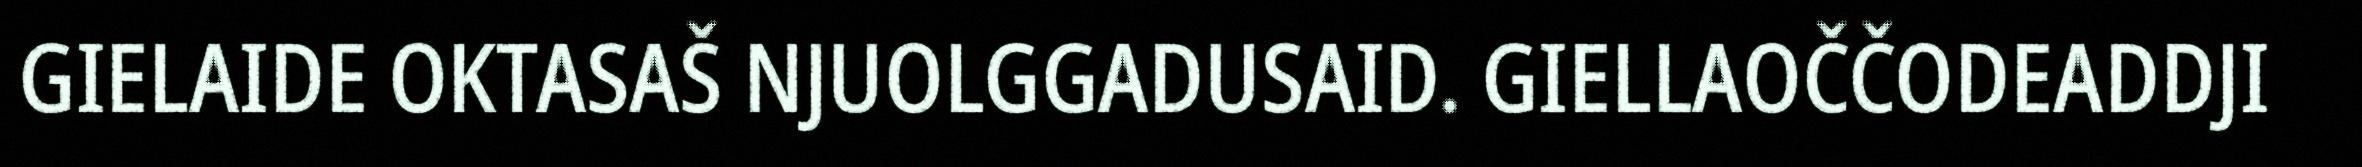
GIELAIDE OKTASAŠ NJUOLGGADUSAID. GIELLAOČČODEADDJI